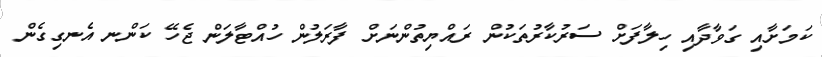
ކަމަށާއި ގަވާދާއި ހިލާފަށް ސަރުކާރުތަކުން ރައްޔިތުންނަށް ފާރަލުން ހުއްޓާލަން ޖެހޭ ކަންނ އެނގިގެން